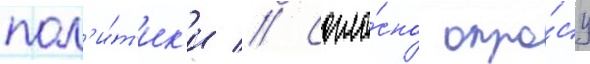
пол'и́т'ик'и // Согла́сно опро́су